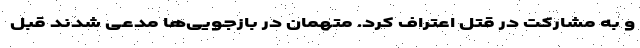
و به مشارکت در قتل اعتراف کرد. متهمان در بازجویی‌ها مدعی شدند قبل